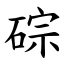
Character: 碂